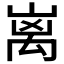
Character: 𮂬